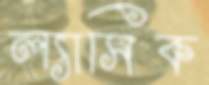
ল্যাসিক